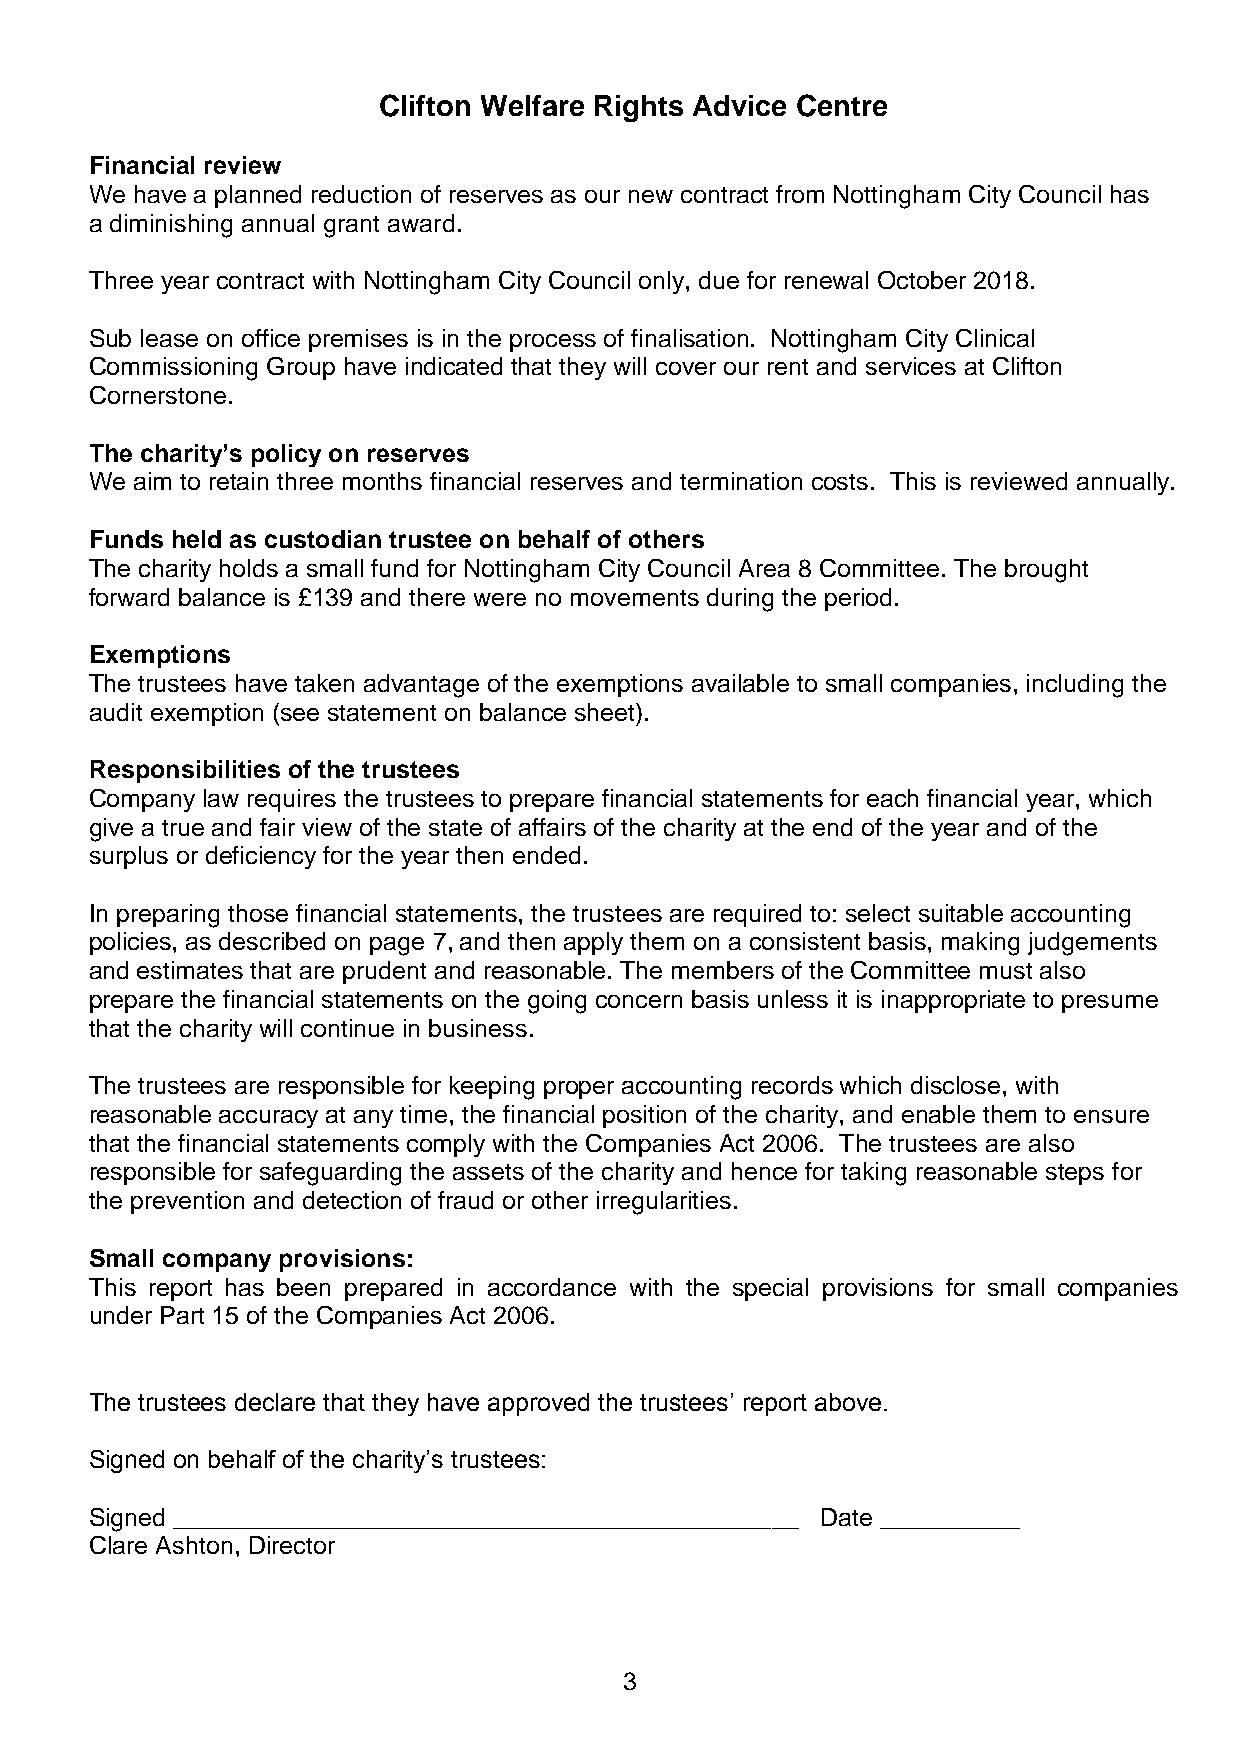
Clifton Welfare Rights Advice Centre
 Financial review
 We have a planned reduction of reserves as our new contract from Nottingham City Council has
 a diminishing annual grant award.
 Three year contract with Nottingham City Council only, due for renewal October 2018.
 Sub lease on office premises is in the process of finalisation. Nottingham City Clinical
 Commissioning Group have indicated that they will cover our rent and services at Clifton
 Cornerstone.
 The charity’s policy on reserves
 We aim to retain three months financial reserves and termination costs. This is reviewed annually.
 Funds held as custodian trustee on behalf of others
 The charity holds a small fund for Nottingham City Council Area 8 Committee. The brought
 forward balance is £139 and there were no movements during the period.
 Exemptions
 The trustees have taken advantage of the exemptions available to small companies, including the
 audit exemption (see statement on balance sheet).
 Responsibilities of the trustees
 Company law requires the trustees to prepare financial statements for each financial year, which
 give a true and fair view of the state of affairs of the charity at the end of the year and of the
 surplus or deficiency for the year then ended.
 In preparing those financial statements, the trustees are required to: select suitable accounting
 policies, as described on page 7, and then apply them on a consistent basis, making judgements
 and estimates that are prudent and reasonable. The members of the Committee must also
 prepare the financial statements on the going concern basis unless it is inappropriate to presume
 that the charity will continue in business.
 The trustees are responsible for keeping proper accounting records which disclose, with
 reasonable accuracy at any time, the financial position of the charity, and enable them to ensure
 that the financial statements comply with the Companies Act 2006. The trustees are also
 responsible for safeguarding the assets of the charity and hence for taking reasonable steps for
 the prevention and detection of fraud or other irregularities.
 Small company provisions:
 This report has been prepared in accordance with the special provisions for small companies
 under Part 15 of the Companies Act 2006.
 The trustees declare that they have approved the trustees’ report above.
 Signed on behalf of the charity’s trustees:
 Signed _____________________________________________ Date __________
 Clare Ashton, Director
 3